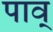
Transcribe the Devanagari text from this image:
पाव्